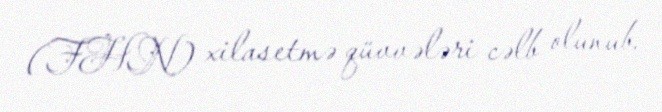
(FHN) xilasetmə qüvvələri cəlb olunub.